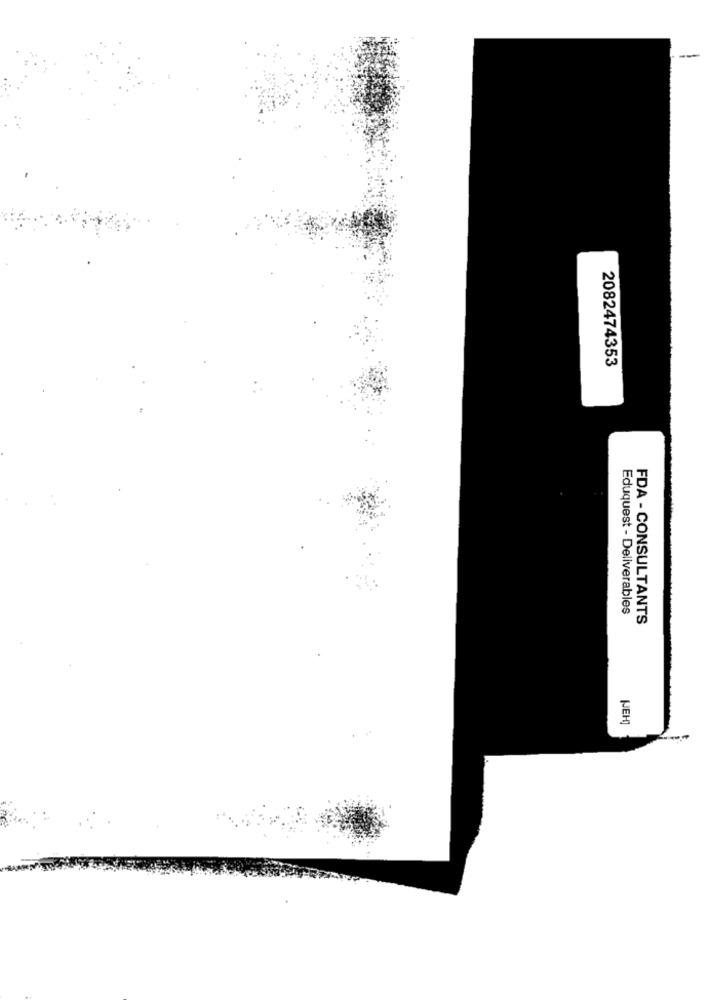
2082474353
Eduquest - Deliverables
FDA - CONSULTANTS
NEH